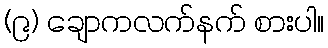
(၉) ချောကလက်နက် စားပါ။